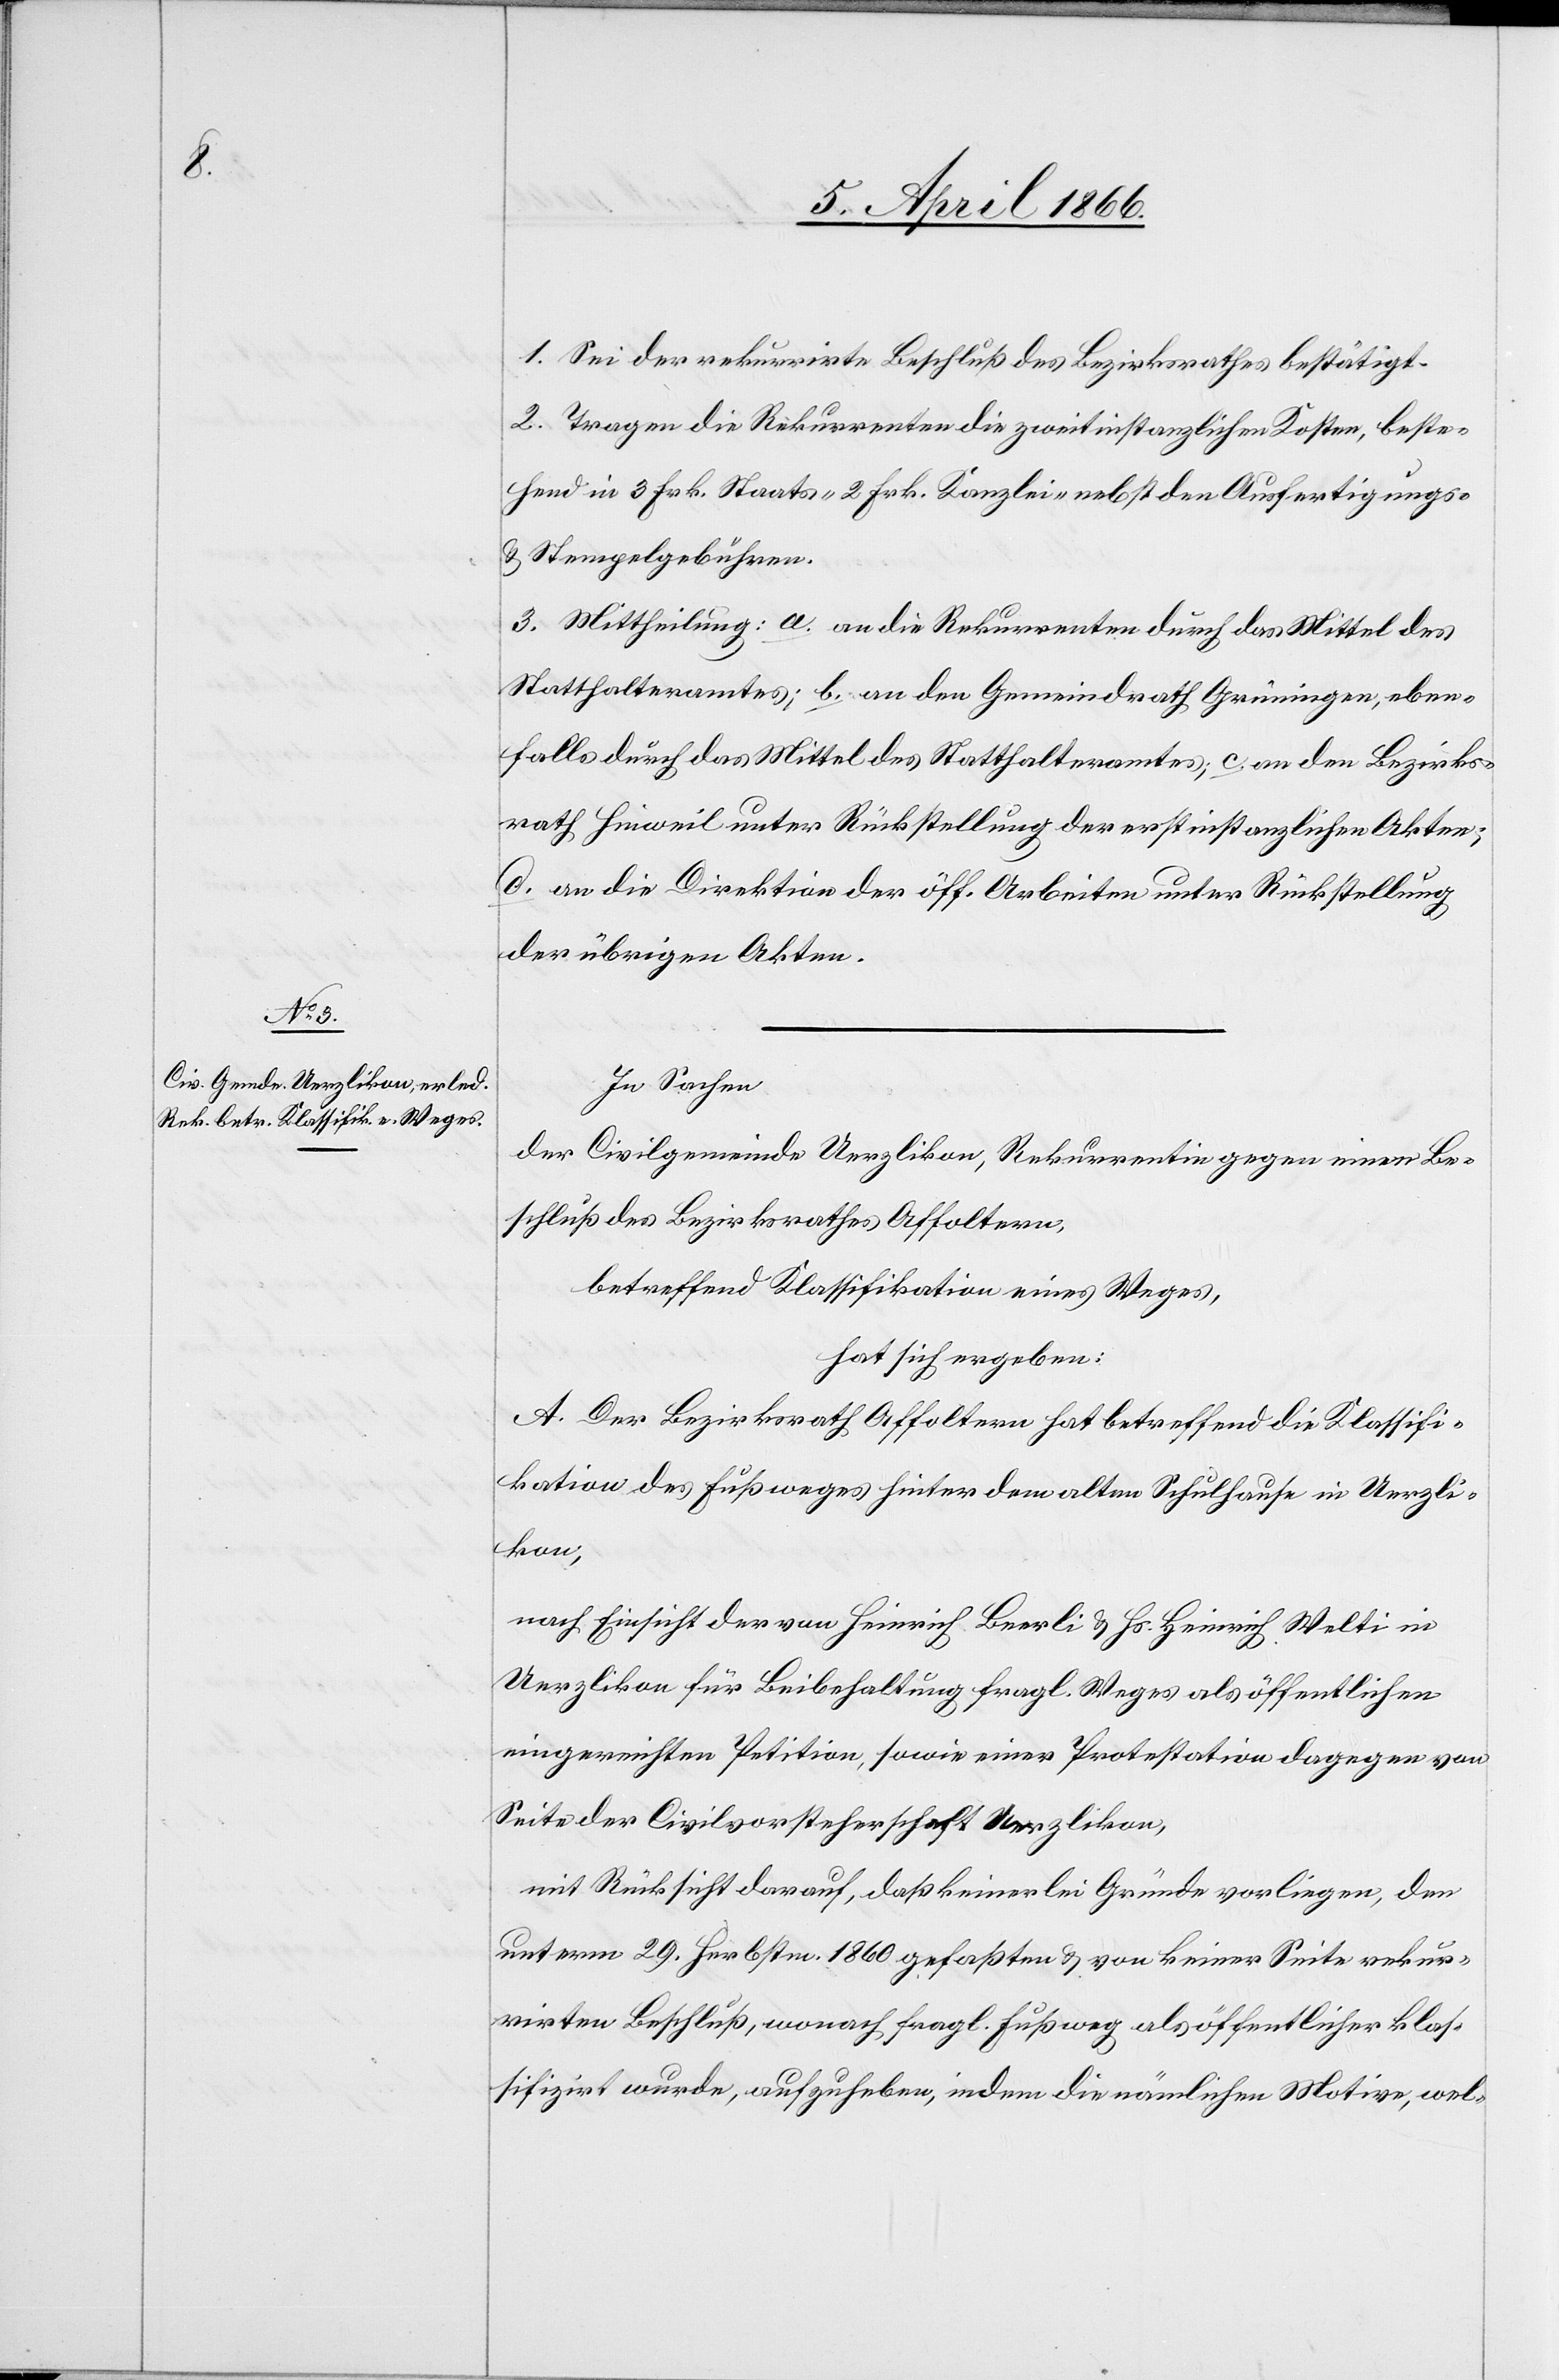
In Sachen
der Civilgemeinde Uerzlikon, Rekurrentin gegen einen Be¬
schluß des Bezirksrathes Affoltern,
betreffend Klassifikation eines Weges,
hat sich ergeben:
A. Der Bezirksrath Affoltern hat betreffend die Klassifi¬
kation des Fußweges hinter dem alten Schulhause in Uerzli¬
kon,
nach Einsicht der von Heinrich Beerli u. Hs. Heinrich Welti in
Uerzlikon für Beibehaltung fragl. Weges als öffentlichen
eingereichten Petition, sowie einer Protestation dagegen von
Seite der Civilvorsteherschaft Uerzlikon,
mit Rücksicht darauf, daß keinerlei Gründe vorliegen, den
unterm 29. Herbstm. 1860 gefaßten u. von keiner Seite rekur¬
rirten Beschluß, wonach fragl. Fußweg als öffentlicher klas¬
sifizirt wurde, aufzuheben, indem die nämlichen Motive, wel-